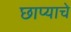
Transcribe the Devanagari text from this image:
छाप्याचे